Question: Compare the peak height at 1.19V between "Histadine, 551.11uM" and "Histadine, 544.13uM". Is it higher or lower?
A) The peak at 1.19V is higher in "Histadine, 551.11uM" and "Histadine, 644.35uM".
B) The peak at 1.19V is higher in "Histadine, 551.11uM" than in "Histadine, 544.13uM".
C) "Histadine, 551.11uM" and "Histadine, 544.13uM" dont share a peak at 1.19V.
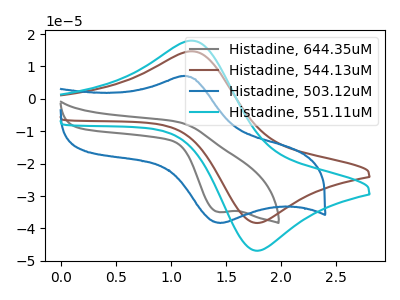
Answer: <think>The gray curve "Histadine, 644.35uM" has a cathodic peak at: (1.45V, -34.95uA). The brown curve "Histadine, 544.13uM" has an anodic peak at (1.20V, 14.70uA) and a cathodic peak at (1.75V, -38.30uA). The blue curve "Histadine, 503.12uM" has an anodic peak at (1.10V, 7.00uA) and a cathodic peak at (1.45V, -38.30uA). The cyan curve "Histadine, 551.11uM" has an anodic peak at (1.20V, 17.95uA) and a cathodic peak at (1.75V, -46.85uA).</think>
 <answer>B) The peak at 1.19V is higher in "Histadine, 551.11uM" than in "Histadine, 544.13uM".</answer>
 <eval>B</eval>